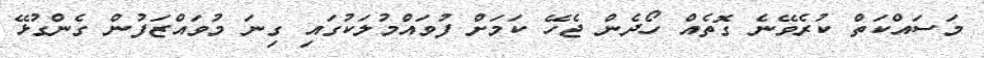
މަސައްކަތް ކުރެވޭނެ ގޮތެއް ހޯދެން ޖެހޭ ކަމަށް ފުވައްމުލަކުގައި ގިނަ މުވައްޒަފުން ގެންގުޅޭ